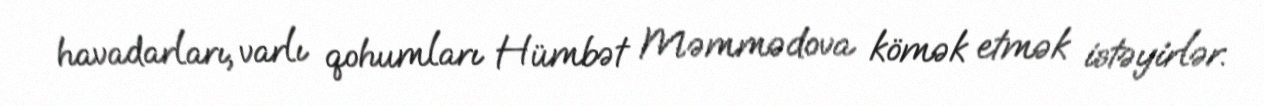
havadarları, varlı qohumları Hümbət Məmmədova kömək etmək istəyirlər.